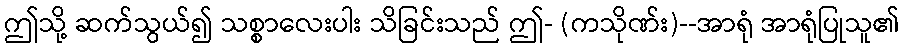
ဤသို့ ဆက်သွယ်၍ သစ္စာလေးပါး သိခြင်းသည် ဤ- (ကသိုဏ်း)--အာရုံ အာရုံပြုသူ၏